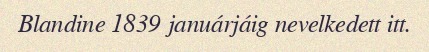
Blandine 1839 januárjáig nevelkedett itt.